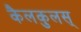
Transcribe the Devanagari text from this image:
कैलकुलस्‌